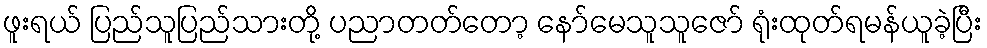
ဖူးရယ် ပြည်သူပြည်သားတို့ ပညာတတ်တော့ နော်မေသူသူဇော် ရုံးထုတ်ရမန်ယူခဲ့ပြီး